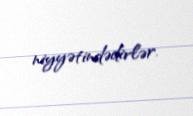
niyyətindədirlər.